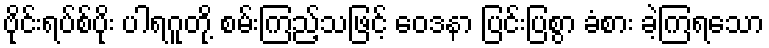
ဗိုင်းရပ်စ်ပိုး ပါရဂူတို့ စမ်းကြည့်သဖြင့် ဝေဒနာ ပြင်းပြစွာ ခံစား ခဲ့ကြရသော